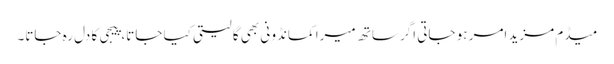
میڈم مزید امر ہو جاتی اگر ساتھ میرا کمانڈو نی بھی گا لیتی کیا جاتا، پیجی کا دل رہ جاتا۔